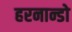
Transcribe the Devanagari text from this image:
हरनान्डो